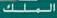
الملك